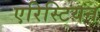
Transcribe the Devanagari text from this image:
एरिस्टियन